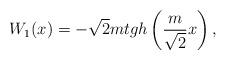
LaTeX: \begin{align*}W_1(x)=-\sqrt{2}mtgh\left(\frac{m}{\sqrt{2}}x\right),\end{align*}